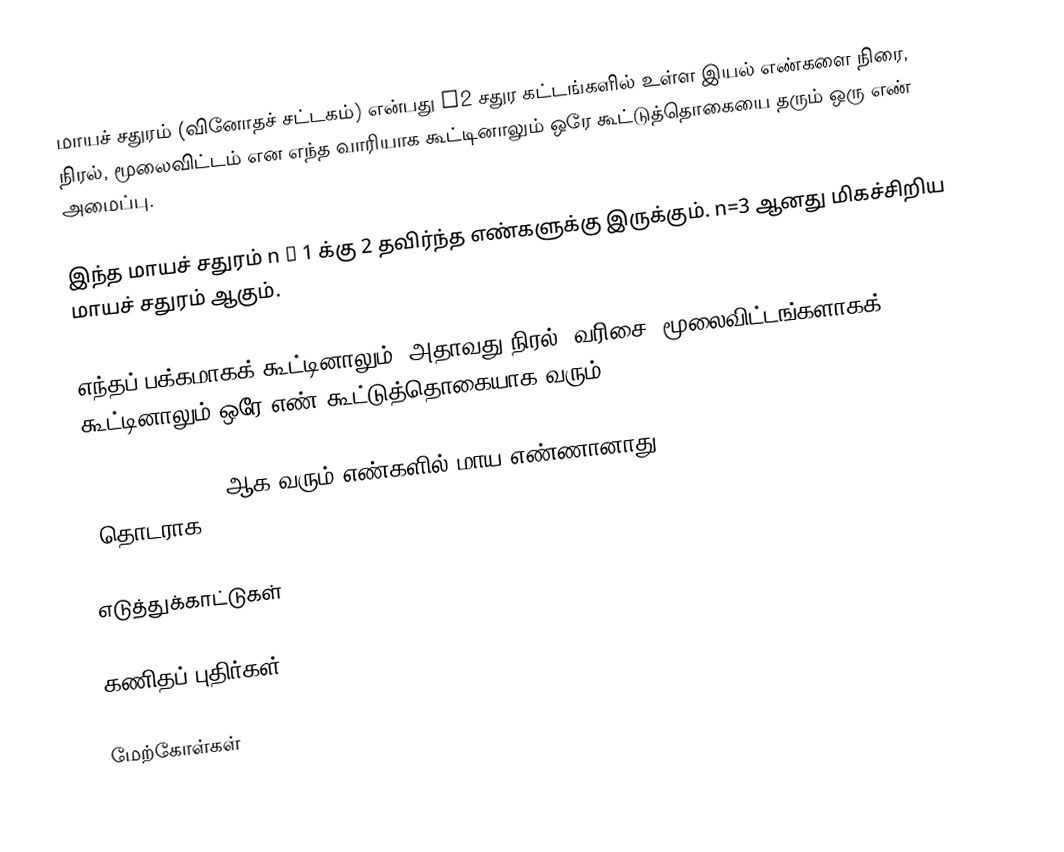
மாயச் சதுரம் (வினோதச் சட்டகம்) என்பது n2 சதுர கட்டங்களில் உள்ள இயல் எண்களை நிரை, நிரல், மூலைவிட்டம் என எந்த வாரியாக கூட்டினாலும் ஒரே கூட்டுத்தொகையை தரும் ஒரு எண் அமைப்பு.

இந்த மாயச் சதுரம் n ≥ 1 க்கு 2 தவிர்ந்த எண்களுக்கு இருக்கும். n=3 ஆனது மிகச்சிறிய மாயச் சதுரம் ஆகும்.

எந்தப் பக்கமாகக் கூட்டினாலும் (அதாவது நிரல், வரிசை)  மூலைவிட்டங்களாகக் கூட்டினாலும் ஒரே எண் கூட்டுத்தொகையாக வரும்.

n = 3, 4, 5, …, ஆக வரும் எண்களில் மாய எண்ணானாது 15, 34, 65, 111, 175, 260, … (தொடராக A006003 in OEIS)

எடுத்துக்காட்டுகள்

கணிதப் புதிர்கள்

மேற்கோள்கள்